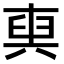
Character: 𠔧